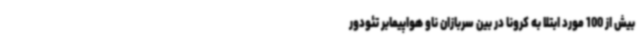
بیش از 100 مورد ابتلا به کرونا در بین سربازان ناو هواپیمابر تئودور